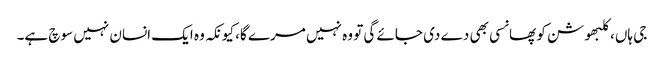
جی ہاں، کلبھوشن کو پھانسی بھی دے دی جائے گی تو وہ نہیں مرے گا، کیونکہ وہ ایک انسان نہیں سوچ ہے۔